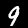
Label: 9